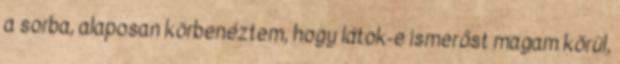
a sorba, alaposan körbenéztem, hogy látok-e ismerőst magam körül,